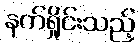
နက်ရှိုင်းသည့်